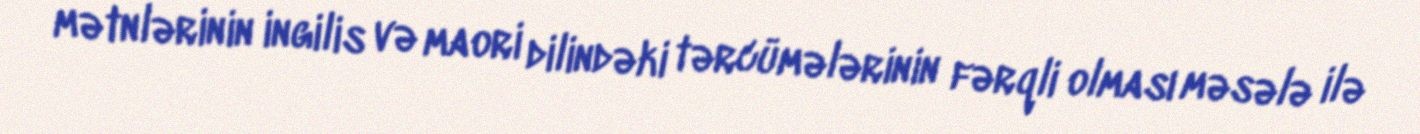
mətnlərinin ingilis və maori dilindəki tərcümələrinin fərqli olması məsələ ilə